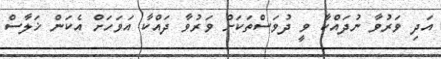
އަދި ވަރުވާ ނުދައްކާ ވީ ދުވަސްތަކަށް ވަރުވާ ދައްކާ އަވަހަށް އެކަން ޚަލާސް